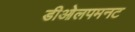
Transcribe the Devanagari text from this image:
डीओलपमनट